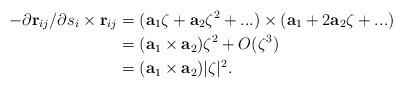
LaTeX: \begin{align*}-\partial\mathbf{r}_{ij}/\partial s_{i}\times\mathbf{r}_{ij} &= (\mathbf{a}_{1}\zeta+\mathbf{a}_{2}\zeta^{2}+...)\times(\mathbf{a}_{1}+2\mathbf{a}_{2}\zeta+...)\\&=(\mathbf{a}_{1}\times\mathbf{a}_{2})\zeta^{2}+O(\zeta^{3})\\&= (\mathbf{a}_{1}\times\mathbf{a}_{2})|\zeta|^{2}.\end{align*}